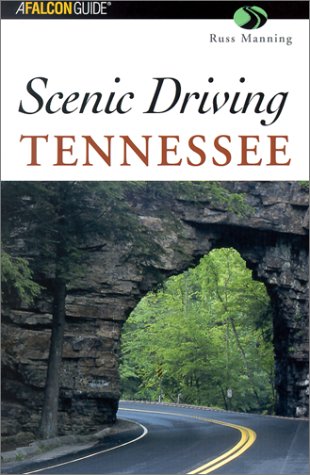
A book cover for Scenic Driving Tennessee (Scenic Driving Series); Russ Manning; Travel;